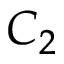
C _ { 2 }